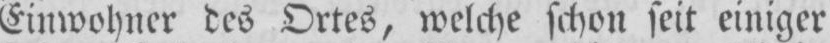
Einwohner des Ortes, welche schon seit einiger